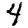
Digit: 4